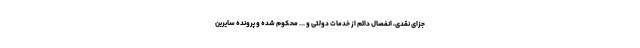
جزای نقدی، انفصال دائم از خدمات دولتی و ... محکوم شده و پرونده سایرین